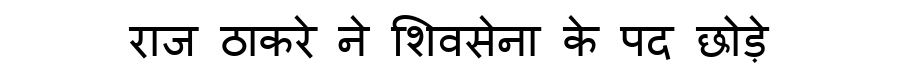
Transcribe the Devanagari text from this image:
राज ठाकरे ने शिवसेना के पद छोड़े